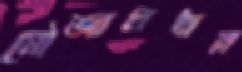
মৌজাপ্রধান